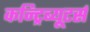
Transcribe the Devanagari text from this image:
कन्ट्रिब्यूटर्स